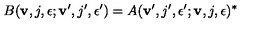
B ( { \bf v } , j , \epsilon ; { \bf v } ^ { \prime } , j ^ { \prime } , \epsilon ^ { \prime } ) = A ( { \bf v } ^ { \prime } , j ^ { \prime } , \epsilon ^ { \prime } ; { \bf v } , j , \epsilon ) ^ { * }